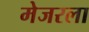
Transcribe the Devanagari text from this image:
मेजरला